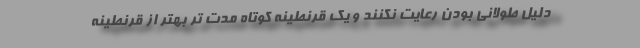
دلیل طولانی بودن رعایت نکنند و یک قرنطینه کوتاه مدت تر بهتر از قرنطینه